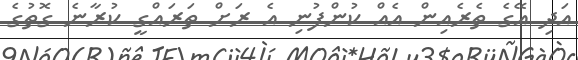
އަދި އޭގެ ތެރެއިން އެއް ކުންފުނި އެ ރަށް ތަރައްގީ ކުރާނެ ގޮތުގެ